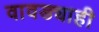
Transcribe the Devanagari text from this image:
वावड्याही